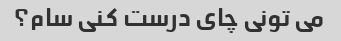
می تونی چای درست کنی سام؟